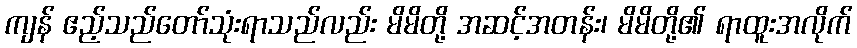
ကျန် ဧည့်သည်တော်သုံးရာသည်လည်း မိမိတို့ အဆင့်အတန်း၊ မိမိတို့၏ ရာထူးအလိုက်